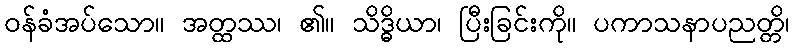
ဝန်ခံအပ်သော။ အတ္ထဿ၊ ၏။ သိဒ္ဓိယာ၊ ပြီးခြင်းကို။ ပကာသနာပညတ္တိ၊